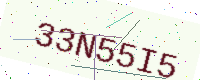
Text: 33N55I5